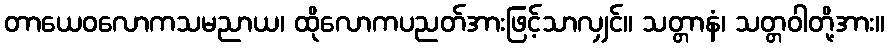
တာယေဝလောကသမညာယ၊ ထိုလောကပညတ်အားဖြင့်သာလျှင်။ သတ္တာနံ၊ သတ္တဝါတို့အား။